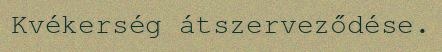
Kvékerség átszerveződése.